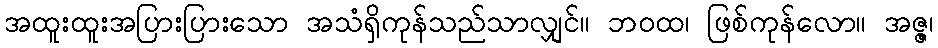
အထူးထူးအပြားပြားသော အသံရှိကုန်သည်သာလျှင်။ ဘဝထ၊ ဖြစ်ကုန်လော။ အဇ္ဇ၊